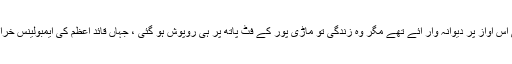
ہم زندگی کی اس آواز پر دیوانہ وار آئے تھے مگر وہ زندگی تو ماڑی پور کے فٹ پاتھ پر ہی روپوش ہو گئی ، جہاں قائد اعظم کی ایمبولینس خراب ہوئی تھی۔